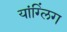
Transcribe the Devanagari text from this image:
यांग्लिंग